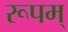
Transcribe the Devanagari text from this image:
रूपम्‌